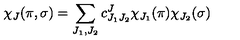
\chi _ { J } ( \pi , \sigma ) = \sum _ { J _ { 1 } , J _ { 2 } } c _ { J _ { 1 } J _ { 2 } } ^ { J } \chi _ { J _ { 1 } } ( \pi ) \chi _ { J _ { 2 } } ( \sigma )